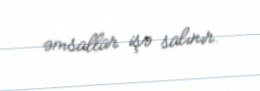
əmsallar işə salınır.